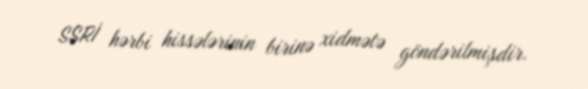
SSRİ hərbi hissələrinin birinə xidmətə göndərilmişdir.